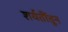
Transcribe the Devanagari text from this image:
शर्यतींतून